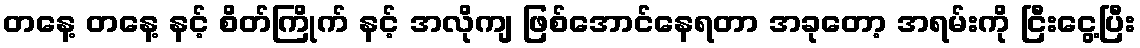
တနေ့ တနေ့ နင့် စိတ်ကြိုက် နင့် အလိုကျ ဖြစ်အောင်နေရတာ အခုတော့ အရမ်းကို ငြီးငွေ့ပြီး